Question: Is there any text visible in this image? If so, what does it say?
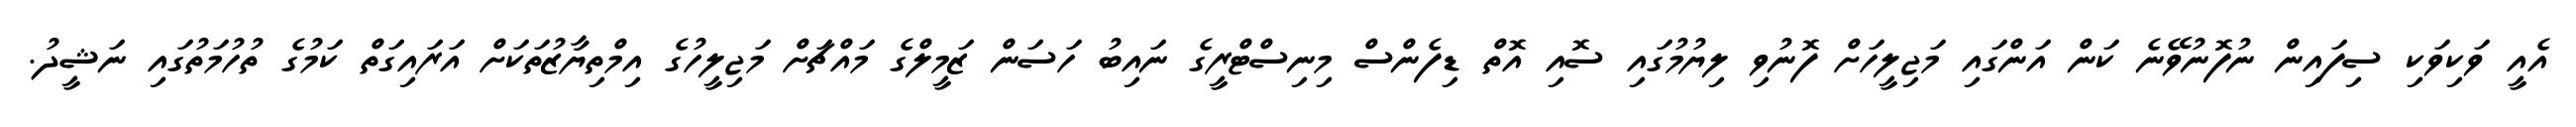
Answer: އެއީ ވަކިވަކި ސިފައިން ނުފޮނުވޭނެ ކަން އަންގައި މަޖިލީހަށް ފޮނުވި ލިޔުމުގައި ސޮއި އޮތް ޑިފެންސް މިނިސްޓްރީގެ ނައިބު ހަސަން ޒަމީލްގެ މައްޗަށް މަޖިލީހުގެ އިމްތިޔާޒުތަކަށް އަރައިގަތް ކަމުގެ ތުހުމަތުގައި ނަޝީދު.